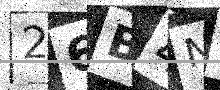
Text: 26B4NL